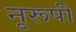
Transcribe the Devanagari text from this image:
नृरूपी